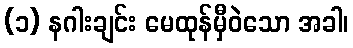
(၁) နဂါးချင်း မေထုန်မှီဝဲသော အခါ၊